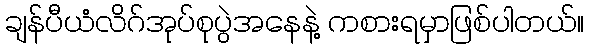
ချန်ပီယံလိဂ်အုပ်စုပွဲအနေနဲ့ ကစားရမှာဖြစ်ပါတယ်။